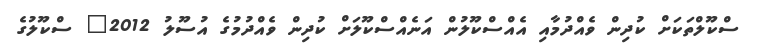
ސްކޫލްތަކަށް ކުދިން ވެއްދުމާއި އެއްސްކޫލުން އަނެއްސްކޫލަށް ކުދިން ވެއްދުމުގެ އުސޫލު 2012" ސްކޫލުގެ